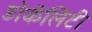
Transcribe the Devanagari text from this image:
डोकॅलिटी